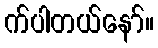
က်ပါတယ်နော်။